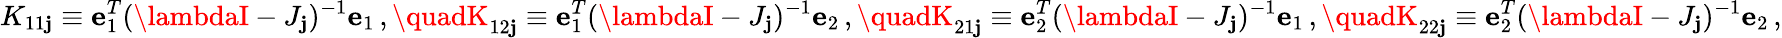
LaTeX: K_{11\mathbf{j}}\equiv{\mathbf{e}}_{1}^{T}(\lambdaI-J_{\mathbf{j}})^{-1}{\mathbf{e}}_{1}\, ,\quadK_{12\mathbf{j}}\equiv{\mathbf{e}}_{1}^{T}(\lambdaI-J_{\mathbf{j}})^{-1}{\mathbf{e}}_{2}\, ,\quadK_{21\mathbf{j}}\equiv{\mathbf{e}}_{2}^{T}(\lambdaI-J_{\mathbf{j}})^{-1}{\mathbf{e}}_{1}\, ,\quadK_{22\mathbf{j}}\equiv{\mathbf{e}}_{2}^{T}(\lambdaI-J_{\mathbf{j}})^{-1}{\mathbf{e}}_{2}\, ,